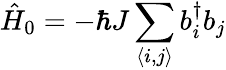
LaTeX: \hat{H}_{0}=-\hbar J\sum_{\langle i,j\rangle}b_{i}^{\dagger}b_{j}